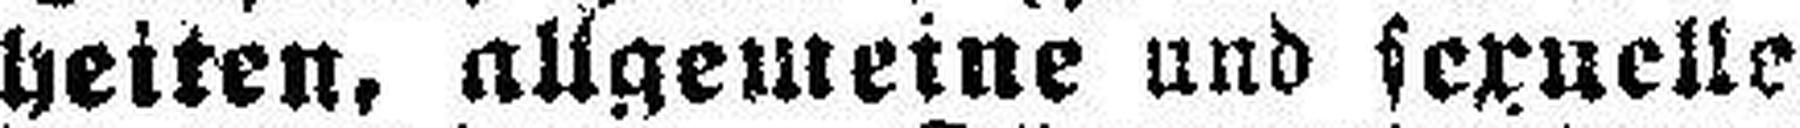
heiten, allgemeine und sexuelle